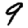
Digit: 9